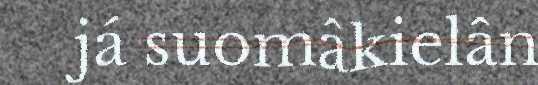
já suomâkielân